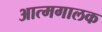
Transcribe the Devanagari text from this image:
आत्मगालक